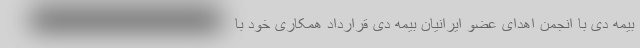
بیمه دی با انجمن اهدای عضو ایرانیان بیمه دی قرارداد همکاری خود با